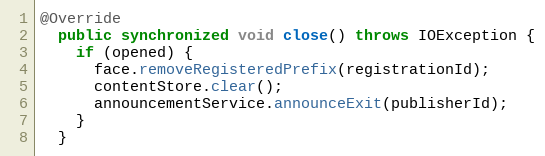
Language: Java
@Override
  public synchronized void close() throws IOException {
    if (opened) {
      face.removeRegisteredPrefix(registrationId);
      contentStore.clear();
      announcementService.announceExit(publisherId);
    }
  }